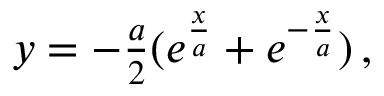
\begin{array} { r } { y = - \frac { a } { 2 } ( e ^ { \frac { x } { a } } + e ^ { - \frac { x } { a } } ) \, , } \end{array}